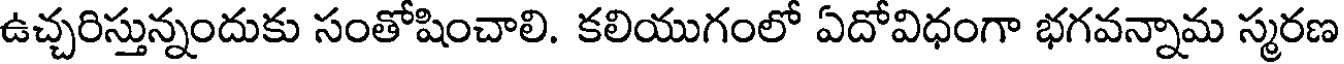
ఉచ్చరిస్తున్నందుకు సంతోషించాలి. కలియుగంలో ఏదోవిధంగా భగవన్నామ స్మరణ